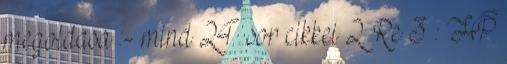
megoldasa :- mind 24 sor cikkei 2. Re 3 : HP